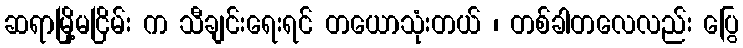
ဆရာမြို့မငြိမ်း က သီချင်းရေးရင် တယောသုံးတယ် ၊ တစ်ခါတလေလည်း ပြွေ